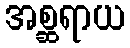
အစ္ဆရာယ